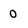
Character: 0